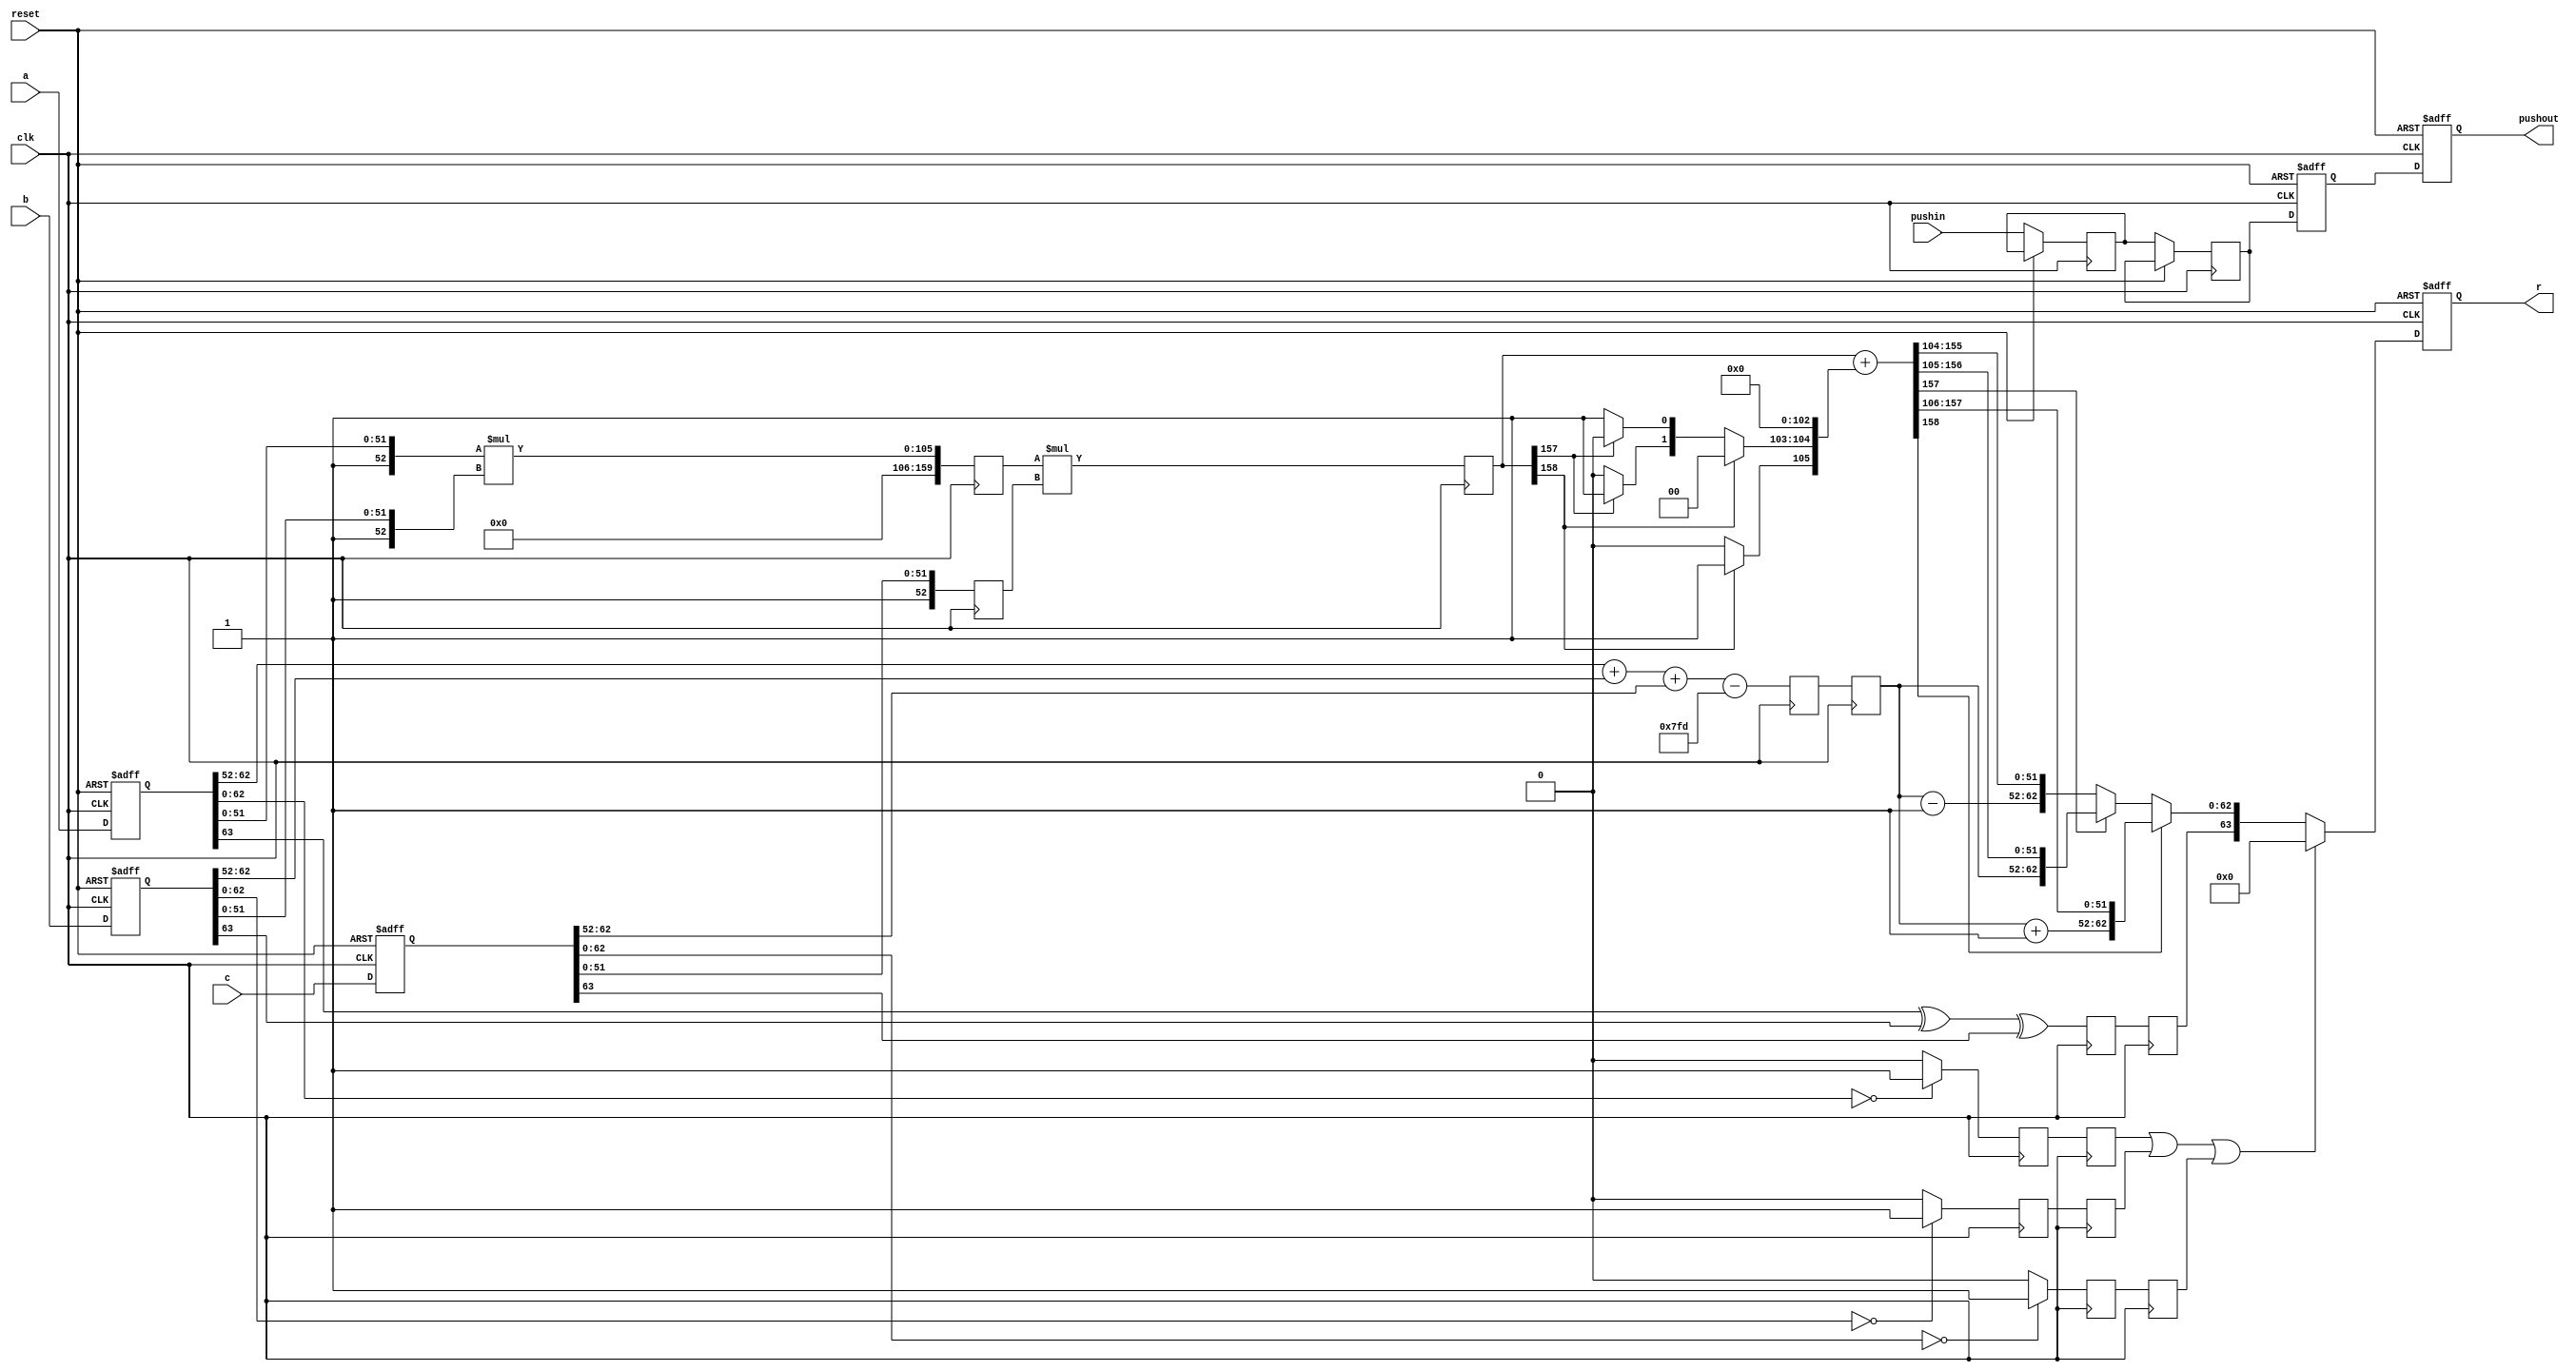
//
// This is a simple version of a 64 bit floating point multiplier 
// used in EE287 as a homework problem, and later you will change it to 
// 32 bits and use it as part of the FFT butterfly project
// This is a reduced complexity floating point.  There is no NaN
// overflow, underflow, or infinity values processed.
// The double precision is assumed to cover all possible signal
// processing requirements by the architects.
//
// Inspired by IEEE 754-2008 (Available from the SJSU library to students)
//
// 63  62:52 51:0
// S   Exp   Fract (assumed high order 1)
// 
// Note: all zero exp and fract is a zero 
// 
//
`timescale 1ns/10ps

module fpmul(clk,reset,pushin, a,b,c,pushout,r);
input clk,reset,pushin; 	// the clock, reset, and push in
input [63:0] a,b,c;	// the a,b and c inputs
output [63:0] r;	// the results from this multiply
output pushout;		// indicates we have an answer this cycle

// Everything comes into a Flip flop, and goes out of the design
// You may pipeline more later if required...

reg [63:0] aV,bV,cV;	// the flip flop held values of a and b
reg pushinV,pushinV1,pushinv_d1,pushinv_d2;	// the pushin value latched (becomes valid)

reg sA,sB,sC;		// the signs of the a and b inputs
reg [10:0] expA, expB, expC;		// the exponents of each
reg [52:0] fractA, fractB, fractC,fractC_d;	// the fraction of A and B  present
reg zeroA,zeroB,zeroC,zeroA_d1,zeroA_d2,zeroB_d1,zeroB_d2,zeroC_d1,zeroC_d2;	// a zero operand (special case for later)
// result of the multiplication, rounded result, rounding constant
reg [159:0] mres,rres,rconstant,mres_d;	

reg signres,signres_d1,signres_d2,signres_d3;		// sign of the result
reg [10:0] expres,expres_d1,expres_d2,expres_d3;	// the exponent result
reg [63:0] resout;	// the output value from the always block
reg [63:0] resoutV;	// the latched result

assign r=resoutV;
assign pushout=pushinV1;


// latch the inputs...

always @(posedge(clk) or posedge(reset)) begin
  if(reset) begin
    aV<= #1 0;
    bV<= #1 0;
    cV<= #1 0;
    pushinV<= #1 0;
    pushinV1 <= #1 0;
    resoutV <= #1 0;
  end else begin
    aV <= #1 a;
    bV <= #1 b;
    cV <= #1 c;
    pushinv_d1 <= #1 pushin;
    pushinv_d2<= #1 pushinv_d1;
    pushinV <= #1 pushinv_d2;
    pushinV1 <= #1 pushinV;
    resoutV <= #1 resout;
  end
end
//
// give the fields a name for convience
//
always @(*) begin
  sA = aV[63];
  sB = bV[63];
  sC = cV[63];
  expA = aV[62:52];
  expB = bV[62:52];
  expC = cV[62:52];
  fractA = { 1'b1, aV[51:0]};
  fractB = { 1'b1, bV[51:0]};
  fractC_d = { 1'b1, cV[51:0]};
  zeroA_d1 = (aV[62:0]==0)?1:0;
  zeroB_d1 = (bV[62:0]==0)?1:0;
  zeroC_d1 = (cV[62:0]==0)?1:0;
  signres_d1 =sA^sB^sC;
  
  expres_d1 = expA+expB+expC-11'd2045;
  
  signres=signres_d3;
  expres=expres_d3;
  
  rconstant=0;
  if (mres[158]==1) rconstant[105]=1; else if(mres[157]==1'b1) rconstant[104]=1; else rconstant[103]=1;
  rres=mres+rconstant;
  if((zeroA==1) || (zeroB==1) || (zeroC == 1)) begin // sets a zero result to a true 0
    rres = 0;
    expres = 0;
    signres=0;
    resout=64'b0;
  end else begin
    if(rres[158]==1'b1) begin
      expres=expres+1;
      resout={signres,expres,rres[157:106]};
    end else if(rres[157]==1'b0) begin // less than 1/2
      expres=expres-1;
      resout={signres,expres,rres[155:104]};
    end else begin 
      resout={signres,expres,rres[156:105]};
    end
  end
end



always@(posedge clk)
begin 
mres_d<=fractA*fractB;
end

always@(posedge clk)
begin 
mres<=mres_d*fractC;
end


always@(posedge clk)
begin 
signres_d2<= #1 signres_d1;
signres_d3<= #1 signres_d2;
expres_d2<= #1 expres_d1;
expres_d3<= #1 expres_d2;
zeroA_d2<= #1 zeroA_d1;
zeroA <= #1 zeroA_d2;
zeroB_d2<= #1 zeroB_d1;
zeroB<= #1 zeroB_d2;
zeroC_d2<= #1 zeroC_d1;
zeroC<= #1 zeroC_d2;
fractC<= fractC_d;
end 




endmodule